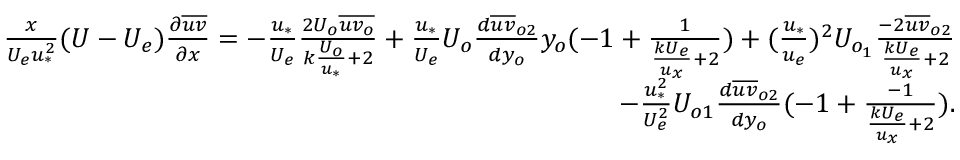
\begin{array} { r } { \frac { x } { U _ { e } u _ { * } ^ { 2 } } ( U - U _ { e } ) \frac { \partial \overline { { u v } } } { \partial x } = - \frac { u _ { * } } { U _ { e } } \frac { 2 U _ { o } \overline { { u v _ { o } } } } { k \frac { U _ { o } } { u _ { * } } + 2 } + \frac { u _ { * } } { U _ { e } } U _ { o } \frac { d \overline { { u v } } _ { o 2 } } { d y _ { o } } y _ { o } ( - 1 + \frac { 1 } { \frac { k U _ { e } } { u _ { x } } + 2 } ) + ( \frac { u _ { * } } { u _ { e } } ) ^ { 2 } U _ { o _ { 1 } } \frac { - 2 \overline { { u v } } _ { o 2 } } { \frac { k U _ { e } } { u _ { x } } + 2 } } \\ { - \frac { u _ { * } ^ { 2 } } { U _ { e } ^ { 2 } } U _ { o 1 } \frac { d \overline { { u v } } _ { o 2 } } { d y _ { o } } ( - 1 + \frac { - 1 } { \frac { k U _ { e } } { u _ { x } } + 2 } ) . } \end{array}